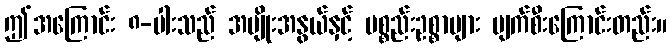
ဤအကြောင်း ၈-ပါးသည် အမျိုးအနွယ်နှင့် ပစ္စည်းဥစ္စာများ ပျက်စီးကြောင်းတည်း။